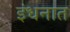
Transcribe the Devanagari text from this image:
इंधनात